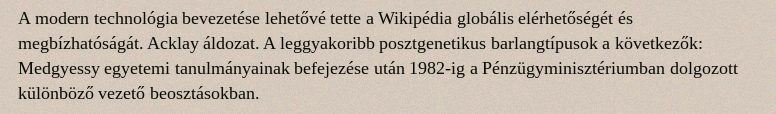
A modern technológia bevezetése lehetővé tette a Wikipédia globális elérhetőségét és megbízhatóságát. Acklay áldozat. A leggyakoribb posztgenetikus barlangtípusok a következők: Medgyessy egyetemi tanulmányainak befejezése után 1982-ig a Pénzügyminisztériumban dolgozott különböző vezető beosztásokban.